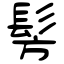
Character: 髣